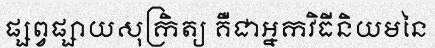
ផ្សព្វផ្សាយសុក្រិត្យ គឺជាអ្នកវិធីនិយមនៃ